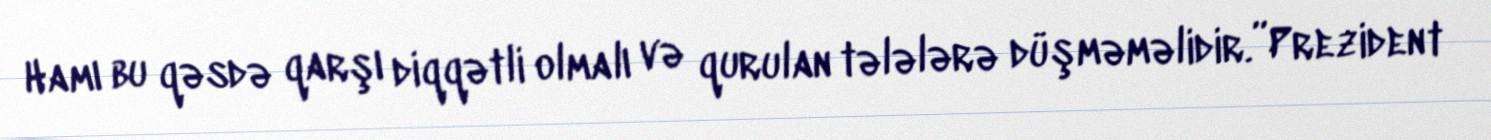
Hamı bu qəsdə qarşı diqqətli olmalı və qurulan tələlərə düşməməlidir.”Prezident